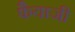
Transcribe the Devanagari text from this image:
फैयाजी